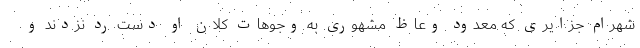
شهرام جزایری که معدود وعاظ مشهوری به وجوهات کلان او دست رد نزدند و